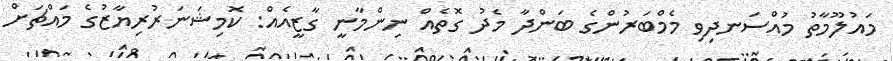
މައުލޫމާތު މުއްސަނދިވި މެމްބަރުންގެ ބަންދާ މެދު ގޮތެއް ނިންމާނީ ގާޒީއެއް: ކޮމިޝަނަރުރިޔާޒުގެ މައްޗަށް